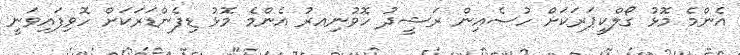
އެންމެ މޮޅު ގޯލްކީޕަރަކަށް ހުސެއިން ރަޝީދު ހޮވުނިއރު އެންމެ މޮޅު ޑިފެންޑަރަކަށް ހޮވިފައިވަނީ